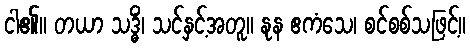
ငါ၏။ တယာ သဒ္ဓိံ၊ သင်နှင့်အတူ။ နုန ဧကံသေ၊ စင်စစ်သဖြင့်။